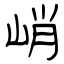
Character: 峭